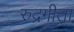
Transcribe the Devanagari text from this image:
रुद्रगीता